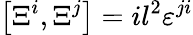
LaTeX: \left[\Xi^{i},\Xi^{j}\right]=il^{2}{\varepsilon}^{ji}